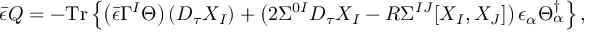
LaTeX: { \bar { \epsilon } } Q = - \mathrm { T r } \left\{ \left( { \bar { \epsilon } } \Gamma ^ { I } \Theta \right) \left( D _ { \tau } X _ { I } \right) + \left( 2 \Sigma ^ { 0 I } D _ { \tau } X _ { I } - R \Sigma ^ { I J } [ X _ { I } , X _ { J } ] \right) \epsilon _ { \alpha } \Theta _ { \alpha } ^ { \dag } \right\} ,